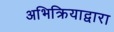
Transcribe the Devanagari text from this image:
अभिक्रियाद्वारा